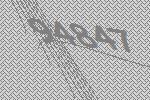
94847